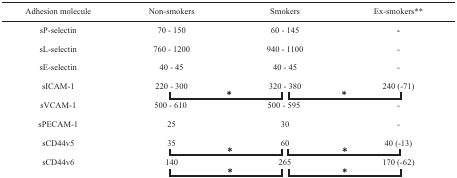
| Adhesion molecule | Non-smokers | Smokers | Ex-smokers** |
 | --- | --- | --- | --- |
 | sP-selectin | 70 – 150 | 60 – 145 | - |
 | sL-selectin | 760 – 1200 | 940 – 1100 | - |
 | sE-selectin | 40 – 45 | 40 – 45 | - |
 | sICAM-1 | 220 – 300* | 320 – 380** | 240 (-71)* |
 | sVCAM-1 | 500 – 610 | 500 – 595 | - |
 | sPECAM-1 | 25 | 30 | - |
 | sCD44v5 | 35* | 60** | 40 (-13)* |
 | sCD44v6 | 140* | 265** | 170 (-62)* |